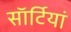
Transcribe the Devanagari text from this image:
साॅर्टियां